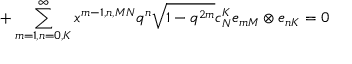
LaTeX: + \sum _ { m = 1 , n = 0 , K } ^ { \infty } x ^ { m - 1 , n , M N } q ^ { n } \sqrt { 1 - q ^ { 2 m } } c _ { N } ^ { K } e _ { m M } \otimes e _ { n K } = 0